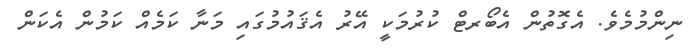
ނިންމުމެވެ. އެގޮތުން އެބޯރޓް ކުރުމަކީ އޭރު އެޤައުމުގައި މަނާ ކަމެއް ކަމުން އެކަން